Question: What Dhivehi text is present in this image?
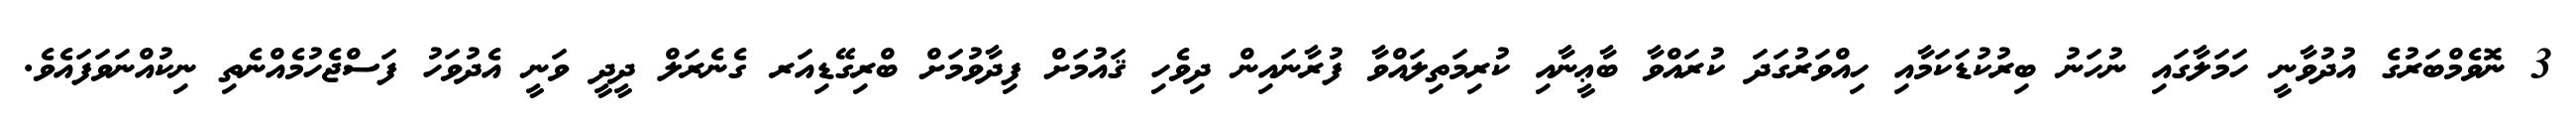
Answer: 3 ނޮވެމްބަރުގެ އުދުވާނީ ހަމަލާގައި ނުހަނު ބިރުކުޑަކަމާއި ހިއްވަރުގަދަ ކުރައްވާ ބާޢީނާއި ކުރިމަތިލައްވާ ފުރާނައިން ދިވެހި ޤައުމަށް ފިދާވުމަށް ބްރިގޭޑިއަރ ގެނެރަލް ދީދީ ވަނީ އެދުވަހު ފަސްޖެހުމެއްނެތި ނިކުއްނަވަފައެވެ.